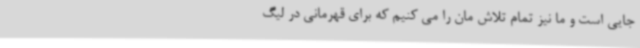
جایی است و ما نیز تمام تلاش مان را می کنیم که برای قهرمانی در لیگ